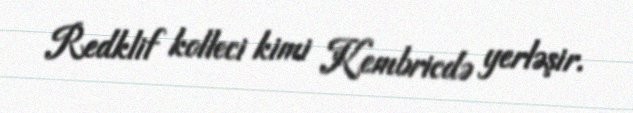
Redklif kolleci kimi Kembricdə yerləşir.